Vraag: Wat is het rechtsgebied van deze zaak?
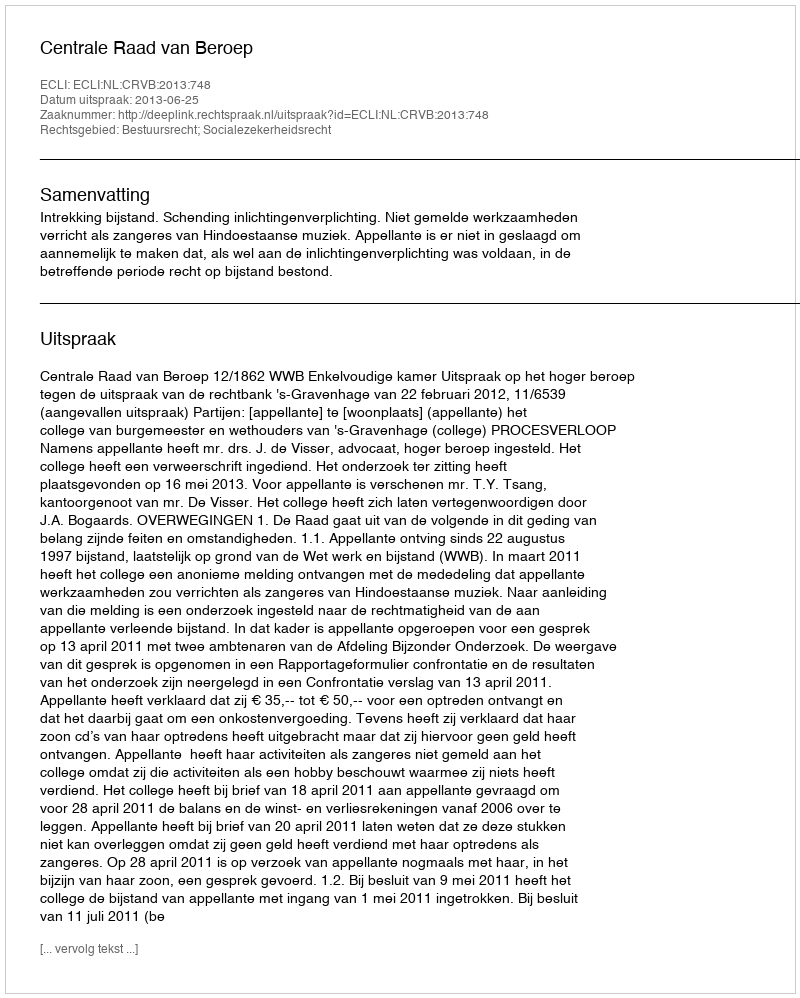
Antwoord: Bestuursrecht; Socialezekerheidsrecht